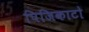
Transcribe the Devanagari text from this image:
पिजिकाटो